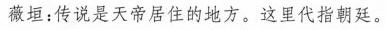
薇垣：传说是天帝居住的地方。这里代指朝廷。